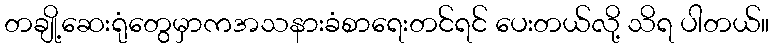
တချို့ဆေးရုံတွေမှာကအသနားခံစာရေးတင်ရင် ပေးတယ်လို့ သိရ ပါတယ်။